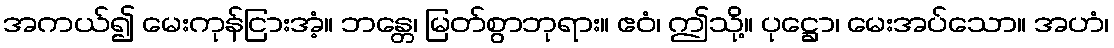
အကယ်၍ မေးကုန်ငြားအံ့။ ဘန္တေ၊ မြတ်စွာဘုရား။ ဧဝံ၊ ဤသို့။ ပုဋ္ဌော၊ မေးအပ်သော။ အဟံ၊